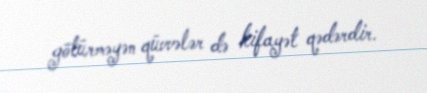
götürməyən qüvvələr də kifayət qədərdir.